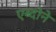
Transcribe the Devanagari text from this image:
एब्दोने